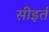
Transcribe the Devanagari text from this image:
सीइर्त